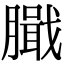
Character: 𦠾